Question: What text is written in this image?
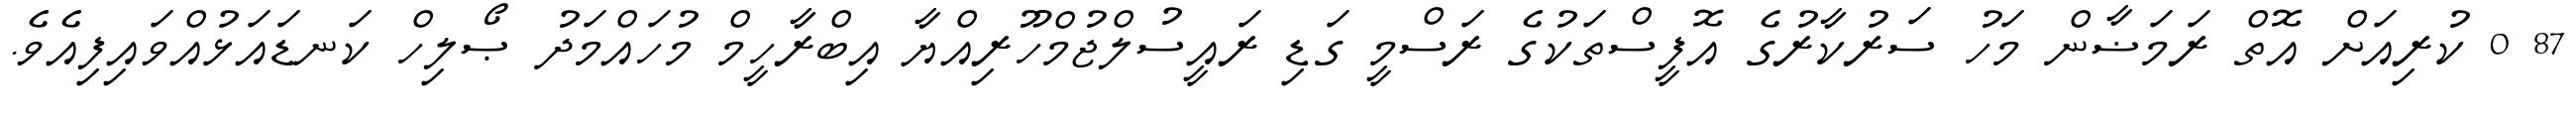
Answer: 87 0 ކުރިއަށް އޮތް ރަމަޟާން މަހު ސަރުކާރުގެ އޮފީސްތަކުގެ ރަސްމީ ގަޑި ރައީސުލްޖުމްހޫރިއްޔާ އިބްރާހީމް މުހައްމަދު ޞޯލިހް ކަނޑައަޅުއްވައިފިއެވެ.